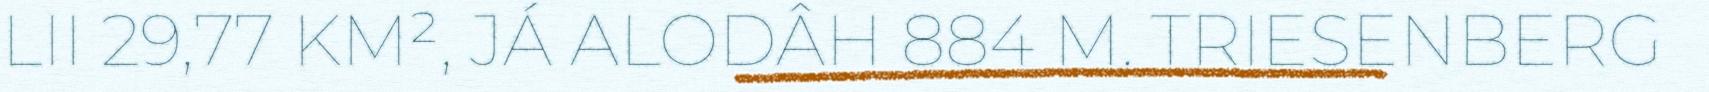
LII 29,77 KM², JÁ ALODÂH 884 M. TRIESENBERG